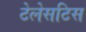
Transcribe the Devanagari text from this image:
टेलेसटिस